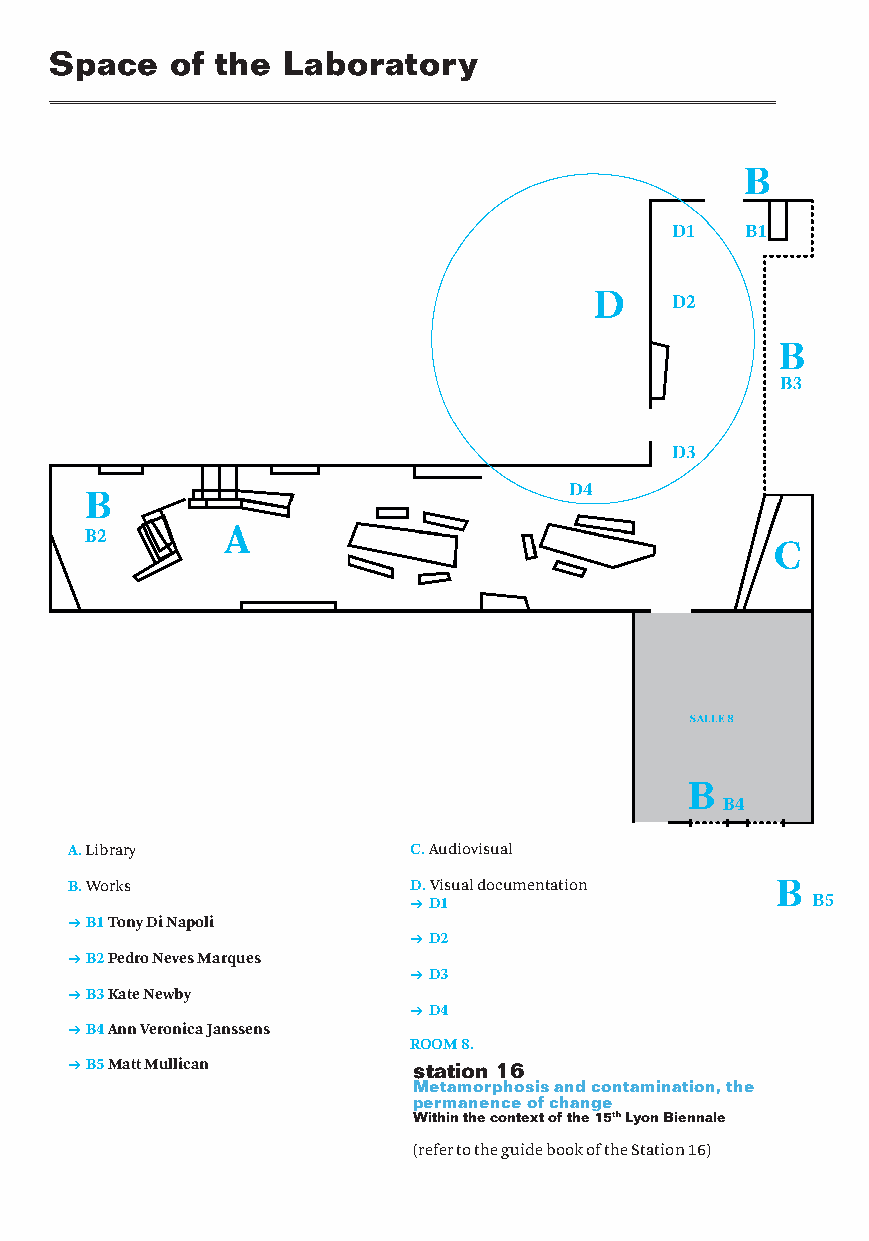
Space   of the  Laboratory
 A. Library             C. Audiovisual
 B. Works               D. Visual documentation
 → D1
 → B1 Tony Di Napoli
 → D2
 → B2 Pedro Neves Marques
 → D3
 → B3 Kate Newby
 → D4
 → B4 Ann Veronica Janssens
 ROOM 8.
 → B5 Matt Mullican     station 16
 Metamorphosis and contamination, the
 permanence of change
 Within the context of the 15th Lyon Biennale
 (refer to the guide book of the Station 16)